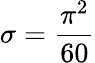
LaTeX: \sigma={\frac{\pi^{2}}{60}}